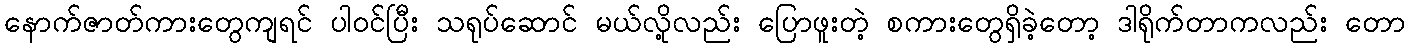
နောက်ဇာတ်ကားတွေကျရင် ပါဝင်ပြီး သရုပ်ဆောင် မယ်လို့လည်း ပြောဖူးတဲ့ စကားတွေရှိခဲ့တော့ ဒါရိုက်တာကလည်း တော